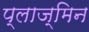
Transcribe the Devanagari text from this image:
प्लाज्मिन